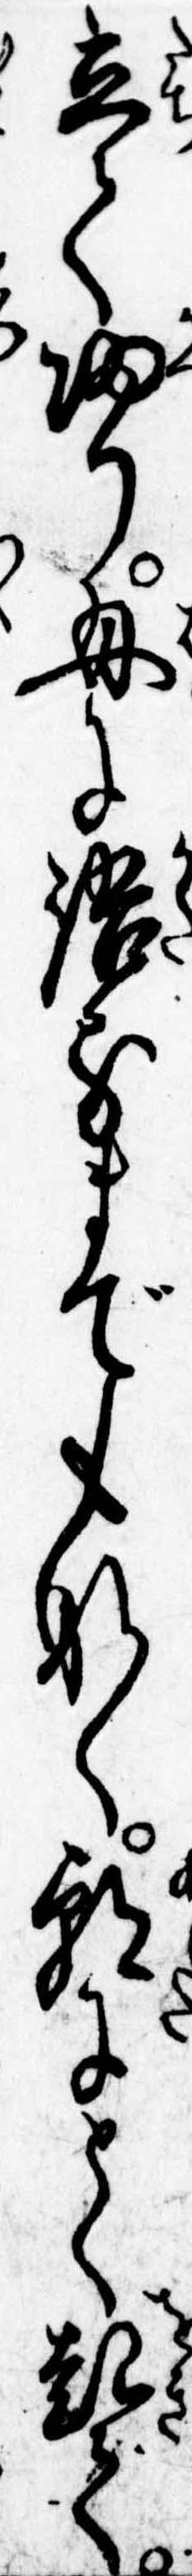
立て帰り母に語るまでもなく朝にとく起て